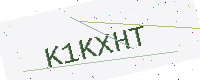
Text: K1KXHT